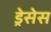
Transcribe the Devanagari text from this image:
ड्रेसेस